system: You are a helpful assistant.
user:
Analyze the provided spectrum to determine if it is a **"Cataclysmic Variables (CV)"**.

- **Key Indicators for CV (Check for either state):**
    - **State 1: Quiescent / Low-State (Emission-Dominated)**
        - **(Primary):** Strong and *very broad* Hydrogen Balmer emission lines (e.g., $H\alpha$ at 6563 Å, $H\beta$ at 4861 Å). The 'broadness' (high velocity dispersion, often FWHM > 1000 km/s) is the key diagnostic, indicating a high-velocity accretion disk.
        - **(Secondary):** Broad neutral Helium (He I) emission lines (e.g., 5876 Å, 6678 Å).
        - **(Key Confirmation):** Presence of high-excitation *ionized* Helium (He II) emission at 4686 Å. This is a strong indicator of accretion onto a white dwarf.
        - **(Line Profile):** Emission lines may exhibit a 'double-peaked' profile, which is a classic signature of a rotating accretion disk viewed at high inclination.

    - **State 2: Outburst / High-State (Absorption-Dominated)**
        - **(Primary):** Spectrum is dominated by a bright, blue continuum (looks like a hot star).
        - **(Secondary):** The emission lines from State 1 are weak, absent, or 'filled in', and are replaced by broad, shallow *absorption* lines (primarily Balmer and He I).
        - **(Morphology):** The overall spectrum mimics a hot B/A-type star. The crucial difference is that the absorption lines are significantly broader, shallower, and more 'washed-out' (or 'smeared') than the sharp lines of a normal stellar photosphere, due to high rotational speeds and pressure broadening in the disk.

Think first, call **spectral_visualization_tool** if needed to examine features in detail, then provide your final answer. Your response must adhere to the following strict rules:
1.  **Overall Structure:** Your response must follow the format `<think>...</think> <tool_call>...</tool_call> (if a tool is used) <answer>...</answer>`.
2.  **Tool Usage Constraint:** You may only make **one** tool call per turn.
3.  **Final Answer Format:** In the `<answer>` tag, your conclusion must be inside a `\boxed{}` command (e.g., `\boxed{YES}`), followed by your justification.

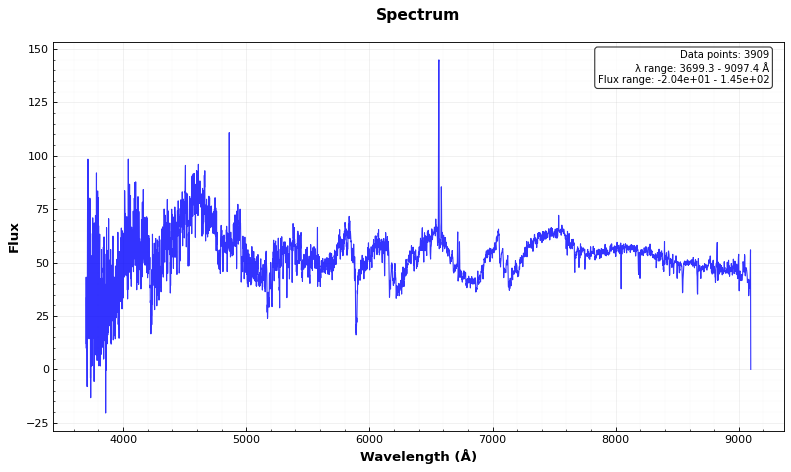
Answer: NO